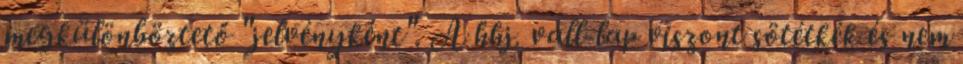
megkülönböztető "jelvényként". A hhj. váll-lap viszont sötétkék és nem